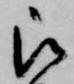
被